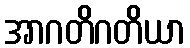
အာဂတိဂတိယာ